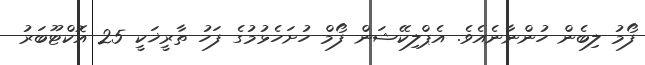
ފޯމު ލިބެން ހުންނާނެއެވެ. އެޕްލިކޭޝަން ފޯމް ހުށަހެޅުމުގެ ފަހު ތާރީޚަކީ 25 އޮކްޓޫބަރު